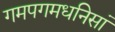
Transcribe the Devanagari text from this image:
गमपगमधनिसां